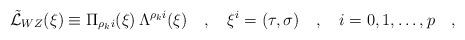
LaTeX: \begin{align*}\tilde{\cal L}_{WZ} (\xi) \equiv \Pi_{\rho_k i} (\xi) \, \Lambda^{\rho_k i} (\xi)\quad ,\quad \xi^i=(\tau,{\bf \sigma})\quad,\quad i=0,1,\dots ,p\quad ,\quad \end{align*}